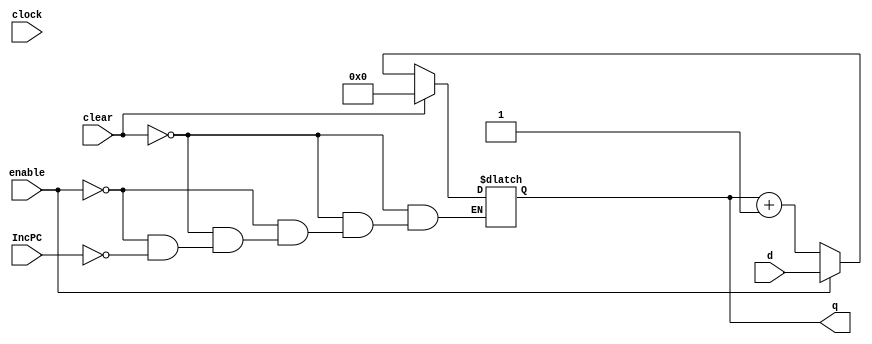
//Custom pc register with IncPC signal
module pc32bit #(parameter qInitial = 32'b0)(
	input wire clock, 
	input wire clear,
	input wire IncPC,
	input wire enable,
	input wire [31:0] d,
	output reg [31:0] q
);
		
	
	initial q = qInitial;
	always@(clock) 
	begin
		if (clear) begin
			q[31:0] = 32'b0;
		end
		else if (enable) begin
			q[31:0] = d[31:0];
		end
		else if (IncPC) begin
			q[31:0] = q[31:0] + 1'b1;
		end 

	end
endmodule